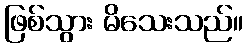
ဖြစ်သွား မိသေးသည်။